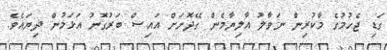
ގަޑި ޖެހުމުގެ މާކުރިން ނަވާލު އާލިޔާމެން ގޭދޮށަށް އައިސް ބަރުގޮނު އަޅަމުން ދިޔައެވެ.